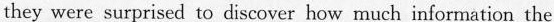
they were surprised to discover how much info mation the